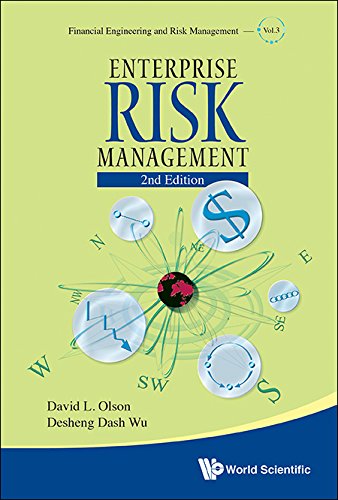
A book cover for Enterprise Risk Management: 2nd Edition (Financial Engineering and Risk Management); David L Olson; Business & Money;